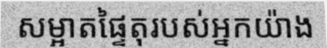
សម្អាតផ្ទៃតុរបស់អ្នកយ៉ាង